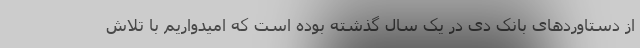
از دستاوردهای بانک دی در یک سال گذشته بوده است که امیدواریم با تلاش